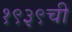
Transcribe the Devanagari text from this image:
१९३९ची